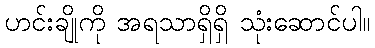
ဟင်းချိုကို အရသာရှိရှိ သုံးဆောင်ပါ။